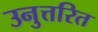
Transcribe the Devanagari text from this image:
उनुत्तरित